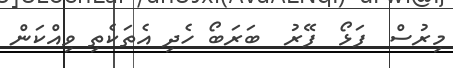
މިރުސް  ފަޅޯ  ފޭރު  ބަރަބޯ ހެދި އެތަކެތި ވިއްކަން